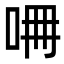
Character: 𠱡